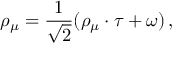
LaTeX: \rho _ { \mu } = { \frac { 1 } { { \sqrt 2 } } } ( \rho _ { \mu } \cdot \tau + \omega ) \, ,